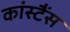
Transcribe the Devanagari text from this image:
कांस्टैंस